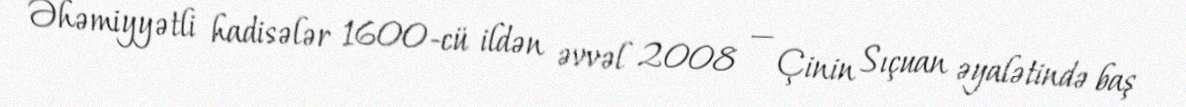
Əhəmiyyətli hadisələr 1600-cü ildən əvvəl 2008 — Çinin Sıçuan əyalətində baş